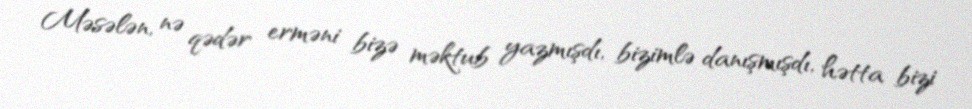
Məsələn, nə qədər erməni bizə məktub yazmışdı, bizimlə danışmışdı, hətta bizi